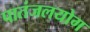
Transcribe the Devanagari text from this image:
पातंजलयोग